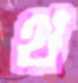
থ